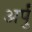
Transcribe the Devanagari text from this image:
अर्पुं